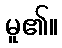
မူ၏။